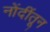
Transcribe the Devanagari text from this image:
नोंदींतून